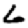
Digit: 6